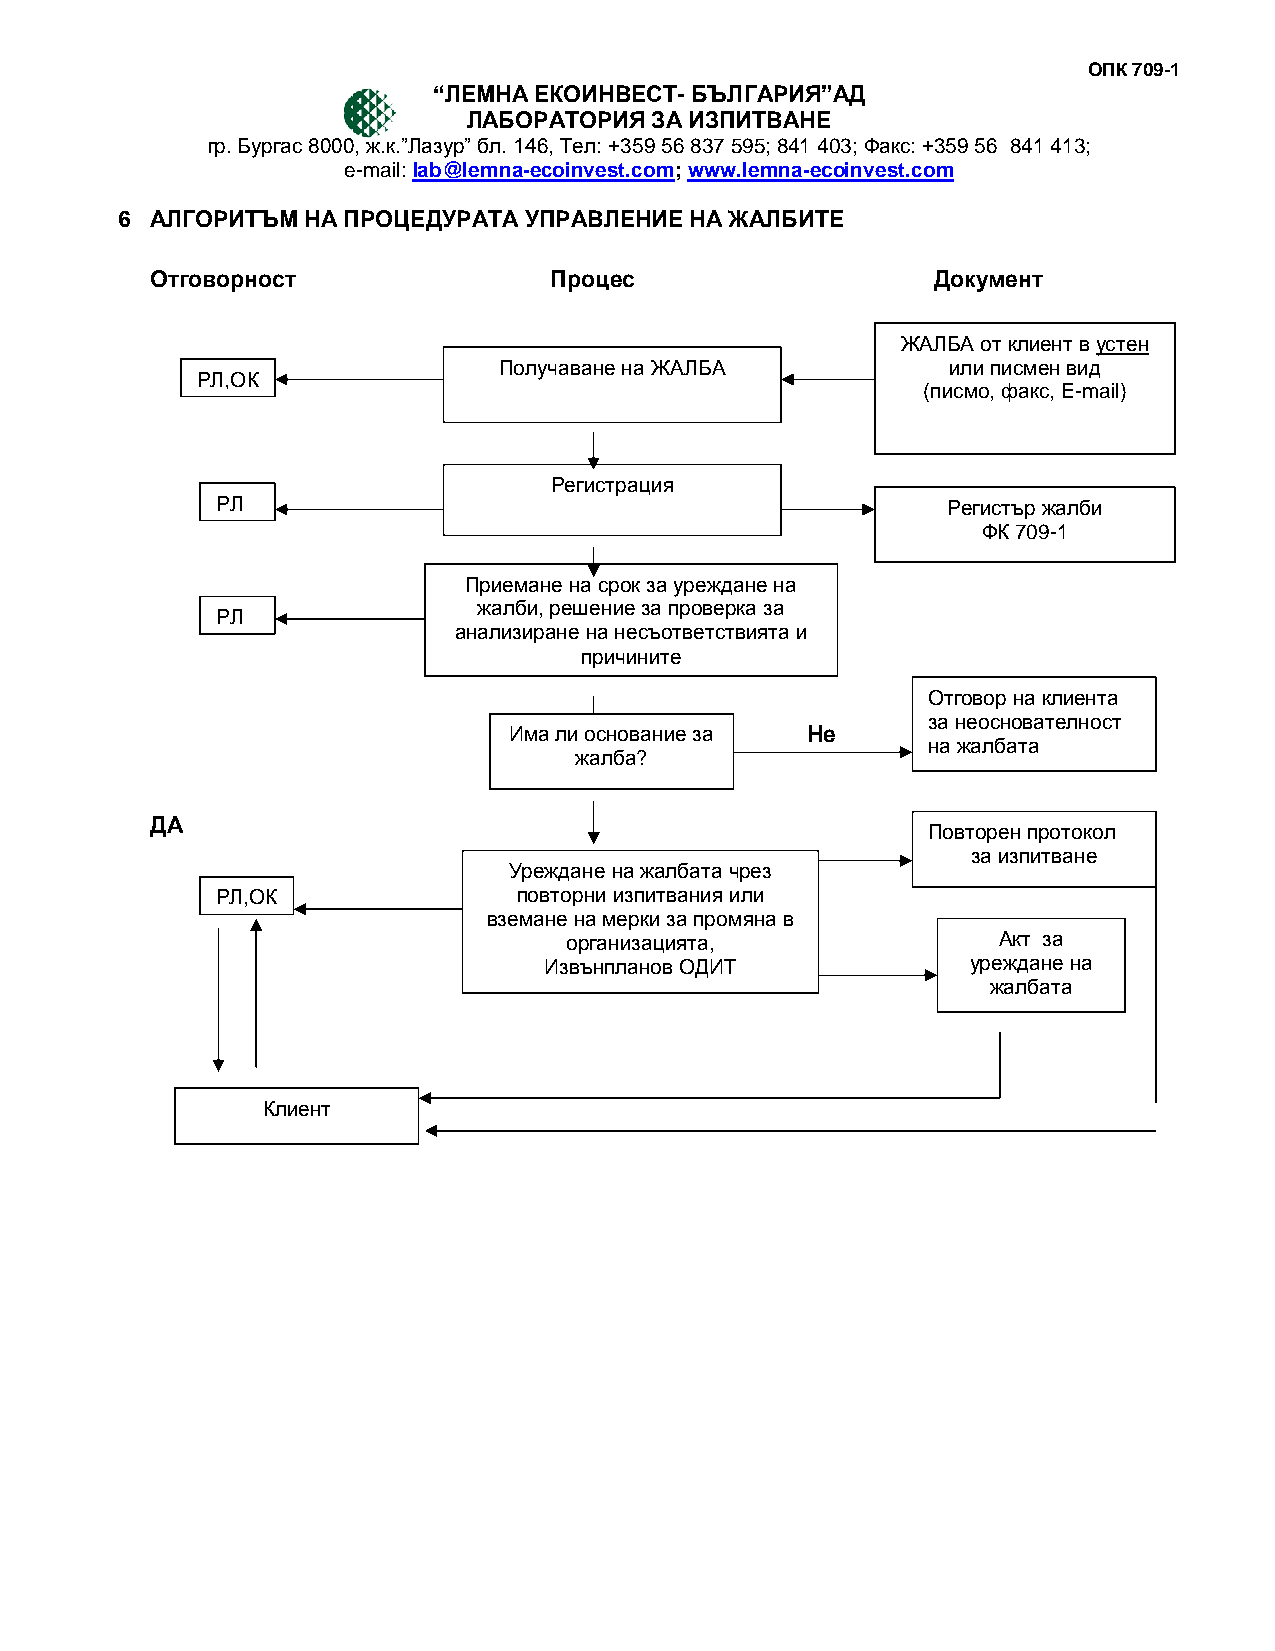
ОПК 709-1
 “ЛЕМНА ЕКОИНВЕСТ- БЪЛГАРИЯ”АД
 ЛАБОРАТОРИЯ ЗА ИЗПИТВАНЕ
 гр. Бургас 8000, ж.к.”Лазур” бл. 146, Тел: +359 56 837 595; 841 403; Факс: +359 56 841 413;
 e-mail: lab@lemna-ecoinvest.com; www.lemna-eсoinvest.com
 6 АЛГОРИТЪМ НА ПРОЦЕДУРАТА УПРАВЛЕНИЕ НА ЖАЛБИТЕ
 Отговорност               Процес                    Документ
 ЖАЛБА от клиент в устен
 Получаване на ЖАЛБА           или писмен вид
 РЛ,ОК
 (писмо, факс, E-mail)
 Регистрация
 РЛ                                               Регистър жалби
 ФК 709-1
 Приемане на срок за уреждане на
 РЛ
 жалби, решение за проверка за
 анализиране на несъответствията и
 причините
 Отговор на клиента
 за неоснователност
 Има ли основание за Не
 на жалбата
 жалба?
 ДА
 Повторен протокол
 за изпитване
 Уреждане на жалбата чрез
 РЛ,ОК               повторни изпитвания или
 вземане на мерки за промяна в
 организацията,               Акт за
 Извънпланов ОДИТ            уреждане на
 жалбата
 Клиент